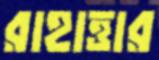
রাহাত্তার